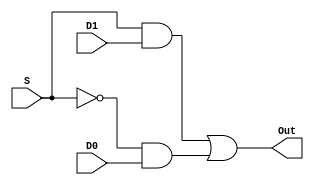
/* Author: Ismael Contreras
*
*  Purpose:
* 	Mux 2:1 used to limit/select the number of outputs 
*
*/

module TwoOne(D1, D0, S, Out);

	input wire D1, D0, S;
	output wire Out;
	assign Out = ( S & D1) | (~S & D0);
	
endmodule